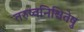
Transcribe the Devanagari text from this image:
तरुष्वनिश्चितेषु